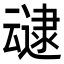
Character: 叇